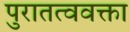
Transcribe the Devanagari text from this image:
पुरातत्ववक्ता